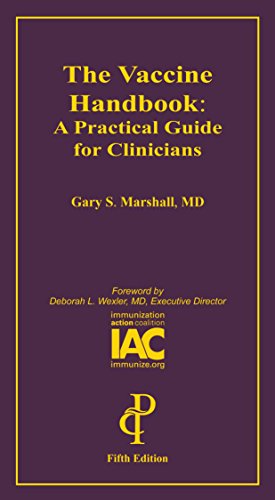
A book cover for The Vaccine Handbook: A Practical Guide for Clinicians; Gary S. Marshall; Medical Books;